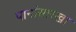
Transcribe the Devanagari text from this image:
पानांसारखा